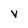
Character: v